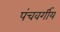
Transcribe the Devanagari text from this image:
पंचवर्गीय